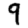
Digit: 9